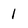
Character: 1